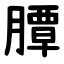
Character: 䐺